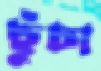
ছুঁচা